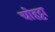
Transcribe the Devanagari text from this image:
चोहट्टा